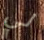
لي